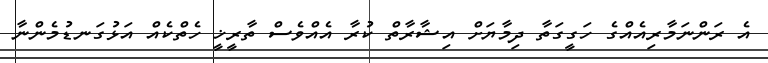
އެ ރަންނަމާރިއެއްގެ ހަގީގަތާ ދިމާޔަށް އިޝާރާތް ކުރާ އެއްވެސް ތާރީޚީ ހެތްކެއް އަޅުގަނޑުމެންނާ